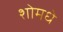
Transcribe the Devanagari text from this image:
शोमधे